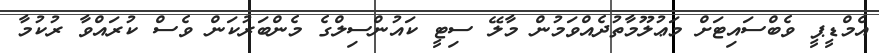
އެމްޑީޕީ ވެބްސައިޓަށް މަޢުލޫމާތުދެއްވަމުން މާލޭ ސިޓީ ކައުންސިލްގެ މެންބަރުކަން ވެސް ކުރައްވާ ރުކުމާ